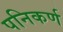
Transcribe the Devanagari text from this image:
पनिकर्ण